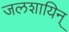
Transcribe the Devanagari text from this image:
जलशायिन्